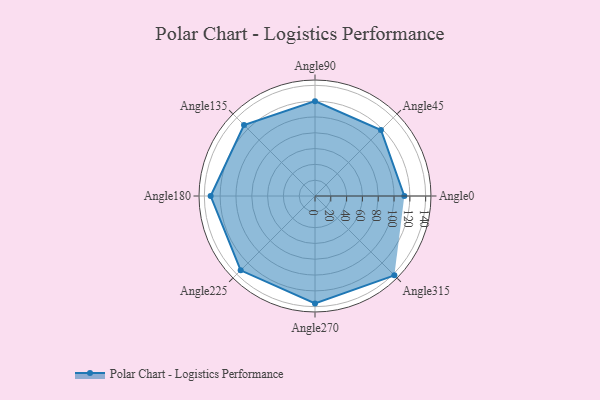
{"axis": {"x": "Angle", "y": "Radius"}, "legend": [""], "data": [{"x": "Angle0", "y": 113.0, "type": ""}, {"x": "Angle45", "y": 118.0, "type": ""}, {"x": "Angle90", "y": 120.0, "type": ""}, {"x": "Angle135", "y": 127.0, "type": ""}, {"x": "Angle180", "y": 132.0, "type": ""}, {"x": "Angle225", "y": 133.0, "type": ""}, {"x": "Angle270", "y": 136.0, "type": ""}, {"x": "Angle315", "y": 142.0, "type": ""}]}